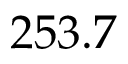
2 5 3 . 7